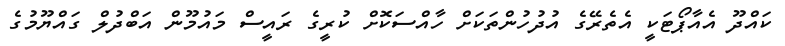
ކައްދޫ އެއާޕޯޓަކީ އެތެރޭގެ އުދުހުންތަކަށް ހާއްސަކޮށް ކުރީގެ ރައީސް މައުމޫން އަބްދުލް ގައްޔޫމުގެ